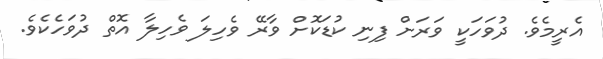
އެރީމެވެ. ދުވަހަކީ ވަރަށް ފިނި ކުޑަކޮށް ވާރޭ ވެހިލަ ވެހިލާ އޮތް ދުވަހެކެވެ.